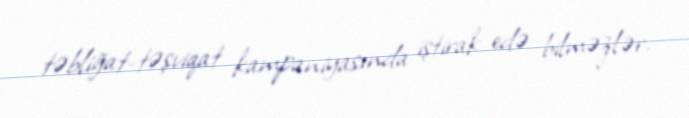
təbliğat-təşviqat kampaniyasında iştirak edə bilməzlər.